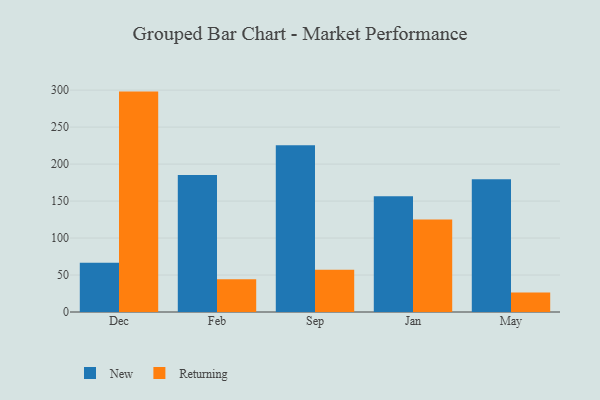
{"axis": {"x": "Month", "y": "LTV (USD)"}, "legend": ["New", "Returning"], "data": [{"x": "Dec", "y": 66.6, "type": "New"}, {"x": "Dec", "y": 298.0, "type": "Returning"}, {"x": "Feb", "y": 185.1, "type": "New"}, {"x": "Feb", "y": 44.4, "type": "Returning"}, {"x": "Sep", "y": 225.6, "type": "New"}, {"x": "Sep", "y": 57.2, "type": "Returning"}, {"x": "Jan", "y": 156.4, "type": "New"}, {"x": "Jan", "y": 125.2, "type": "Returning"}, {"x": "May", "y": 179.4, "type": "New"}, {"x": "May", "y": 26.2, "type": "Returning"}]}